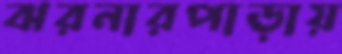
ঝরনারপাড়ায়